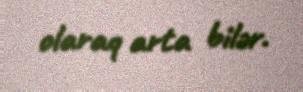
olaraq arta bilər.